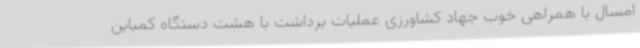
امسال با همراهی خوب جهاد کشاورزی عملیات برداشت با هشت دستگاه کمباین